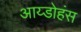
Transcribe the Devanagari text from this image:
आय्डोहंस